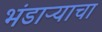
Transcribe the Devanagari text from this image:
भंडाऱ्याचा